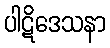
ပါဋိဒေသနာ